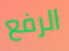
الرفع